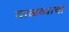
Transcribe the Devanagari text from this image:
वाळव्याचा